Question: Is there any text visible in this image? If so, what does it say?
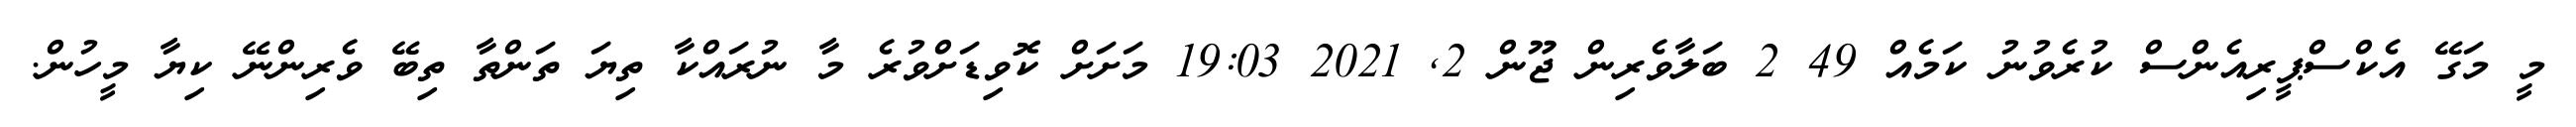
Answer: މީ މަގޭ އެކްސްޕީރިއެންސް ކުރެވުނު ކަމެއް 49 2 ބަލާވެރިން ޖޫން 2, 2021 19:03 މަށަށް ކޮވިޑަށްވުރެ މާ ނުރައްކާ ތިޔަ ތަންތާ ތިބޭ ވެރިންނޭ ކިޔާ މީހުން.